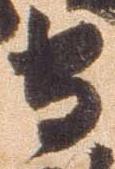
守